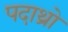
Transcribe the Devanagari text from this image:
पदाथ्रो